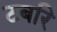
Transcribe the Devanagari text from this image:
टबरि